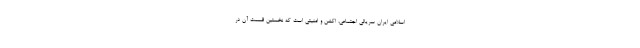
اسلامی ایران سریالی اجتماعی، اکشن و امنیتی است که نخستین قسمت آن در